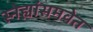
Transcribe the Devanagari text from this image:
स्नेह्यांसमवेत